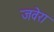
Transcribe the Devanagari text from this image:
जवेरा